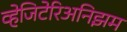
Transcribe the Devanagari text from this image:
व्हेजिटेरिअनिझम